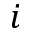
i